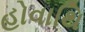
હોવાથિ